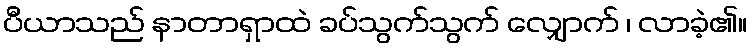
ပီယာသည် နာတာရှာထဲ ခပ်သွက်သွက် လျှောက် ၊ လာခဲ့၏။